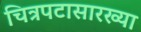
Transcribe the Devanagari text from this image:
चित्रपटासारख्या